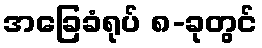
အခြေခံရုပ် ၈-ခုတွင်